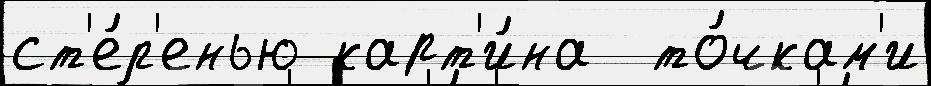
ст'е́п'енью карт'и́на  то́чкам'и